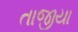
તાજીયા